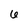
Character: 6